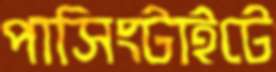
পাসিংটাইটে